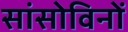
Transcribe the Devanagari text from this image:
सांसोविनों